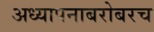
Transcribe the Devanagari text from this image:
अध्यापनाबरोबरच